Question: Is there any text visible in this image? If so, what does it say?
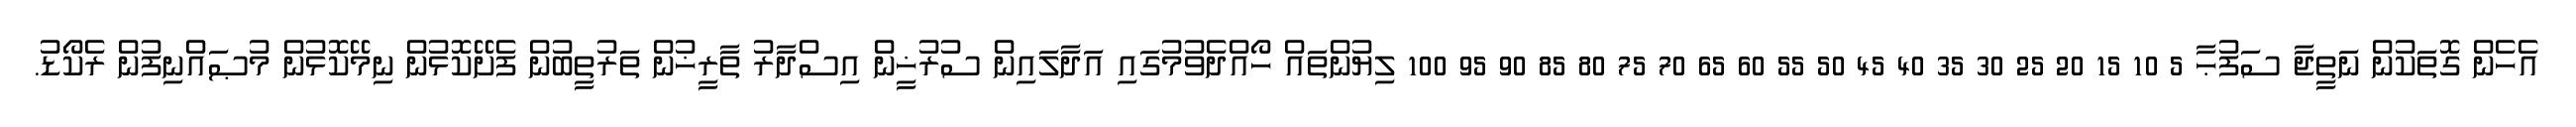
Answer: އެހެން ގޮތަކުން ނަތީޖާ ސަފުޙާ 5 10 15 20 25 30 35 40 45 50 55 60 65 70 75 80 85 90 95 100 ލިޔުންތައް ހޯއްދެވުމުގައި އަދާލައިން ސުރުޚީން އިސްދާރު ތާރީޚުން ތަރުތީބުން ފެށޭކޮޅުން ނިމޭކޮޅުން މުޞައްނިފުން ރެކޯޑު.